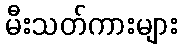
မီးသတ်ကားများ